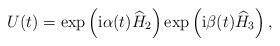
LaTeX: \begin{align*}U(t)=\exp\left({\rm i}\alpha(t)\widehat{H}_2\right)\exp\left({\rm i}\beta(t)\widehat{H}_3\right),\end{align*}